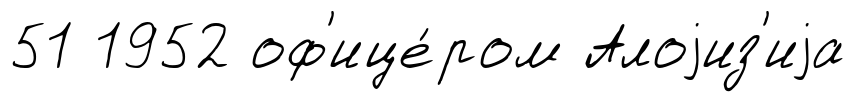
51 1952 оф'ице́ром Алоjиз'иjа